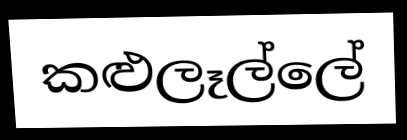
කළුලෑල්ලේ